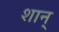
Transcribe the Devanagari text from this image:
शान्